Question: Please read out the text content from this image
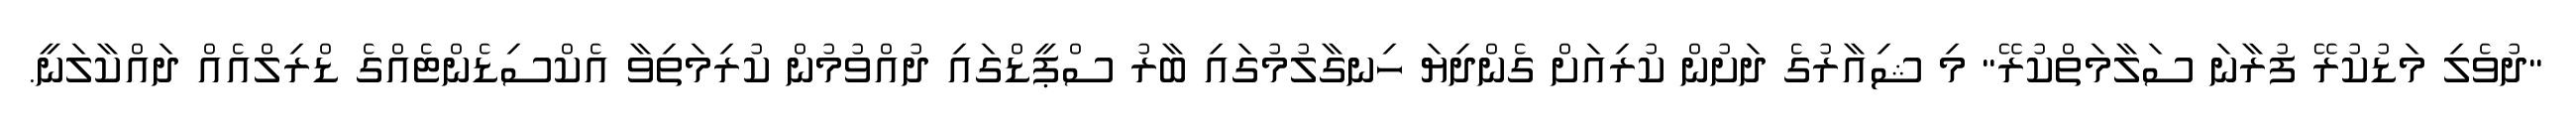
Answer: "ދުވެލި މަޑުކުރޭ ފުރާނަ ސަލާމަތްކުރޭ" މި ޝިއާރުގެ ދަށުން ކުރިއަށް ގެންދިޔަ ހިނގާލުމުގައި ބާރު ސްޕީޑްގައި ދުއްވުމުން ކުރިމަތިވާ އެކްސިޑެންޓެއްގެ ޑްރިލްއެއް ދައްކާލަނީ.